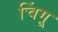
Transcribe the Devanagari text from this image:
चिंगू